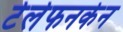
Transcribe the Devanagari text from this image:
टेलेफनकेन